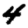
Digit: 4